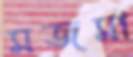
মজমা